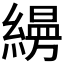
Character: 𦄡